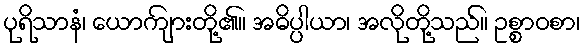
ပုရိသာနံ၊ ယောကျ်ားတို့၏။ အဓိပ္ပါယာ၊ အလိုတို့သည်။ ဥစ္စာဝစာ၊